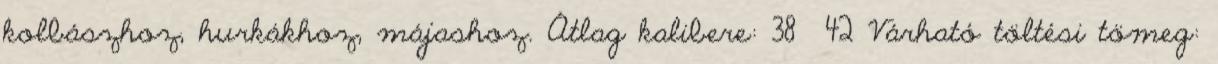
kolbászhoz, hurkákhoz, májashoz. Átlag kalibere: 38 42 Várható töltési tömeg: